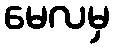
မေလမှ